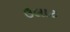
ઉલાટ